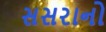
સસરાનો